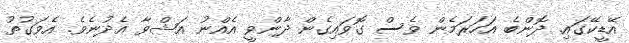
އޭޑީކޭގައި. ދޮންބެ އަހަރަމެން ވެސް ގޮވައިގެން ދާންވީ އެއްނު އަޝްވާ އެދުނެވެ. އެވަގުތު